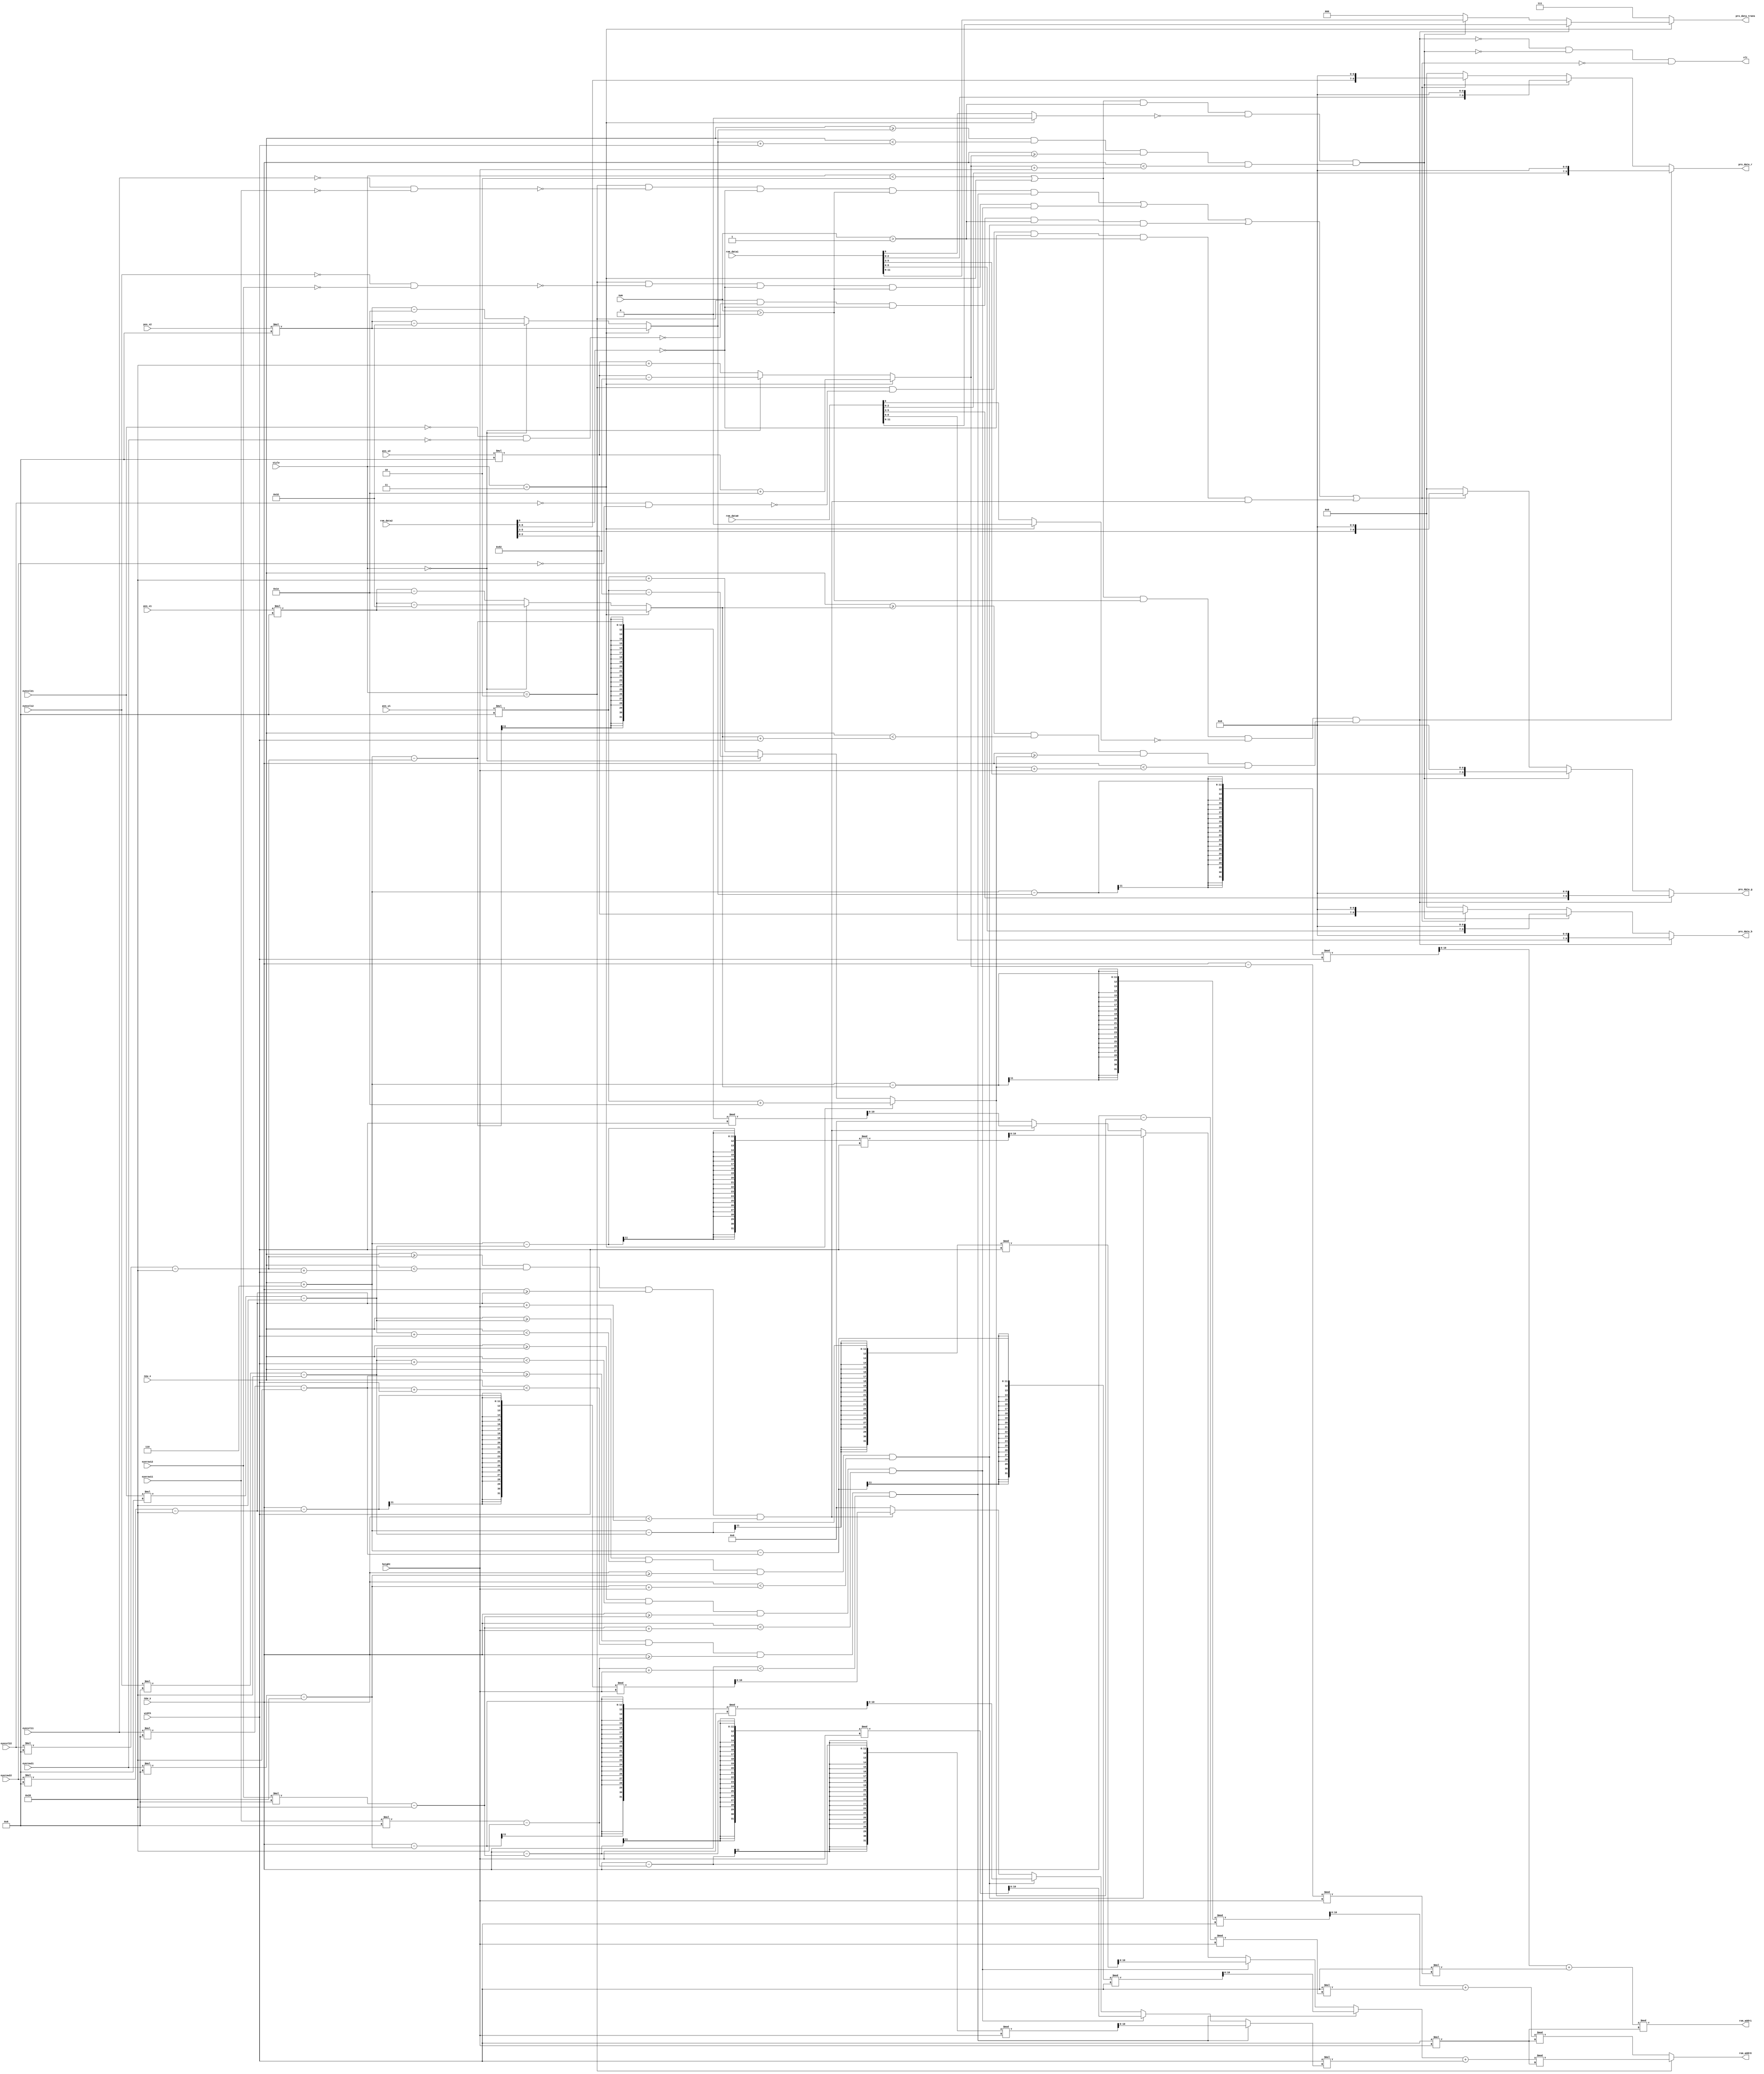
module Filter_tran(
	input		[1:0]		num,
	input		[1:0]		style,
	input 	[6:0]		pos_x1,
	input		[6:0]		pos_y1,
	input		[6:0]		eyerow11,
	input		[6:0]		eyecol11,
	input		[6:0]		eyerow12,
	input		[6:0]		eyecol12,
	input 	[6:0]		pos_x2,
	input		[6:0]		pos_y2,
	input		[6:0]		eyerow21,
	input		[6:0]		eyecol21,
	input		[6:0]		eyerow22,
	input		[6:0]		eyecol22,
	input		[9:0]		width,
	input		[9:0]		height,
	input		[9:0]		now_x,
	input		[9:0]		now_y,
	output	[19:0]	rom_addr0,
	output	[19:0]	rom_addr1,
	input		[11:0]	rom_data0,
	input		[11:0]	rom_data1,
	input		[9:0]	   rom_data2,
	output	[9:0]		pro_data_r,
	output	[9:0]		pro_data_g,
	output	[9:0]		pro_data_b,
	output	[2:0]		pro_data_trans,
	output				slt
);

wire  ft1, ft0, eyeft0, eyeft1, eyeft2, eyeft3, sunft0, sunft1;
wire	bg1, bg0, bg2;
wire	display1, display0;
wire	display_eye0, display_eye1, display_eye2, display_eye3, display_eye;
wire [10:0] real_x1, real_y1, real_x2, real_y2, real_x3, real_y3, real_x4, real_y4;
wire signed [10:0] bias_pos_x1, bias_pos_y1, bias_pos_x2, bias_pos_y2, bias_pos_x3, bias_pos_y3, bias_pos_x4, bias_pos_y4;
wire [10:0] eye_pos_x1, eye_pos_y1, eye_pos_x2, eye_pos_y2, eye_pos_x3, eye_pos_y3, eye_pos_x4, eye_pos_y4;

assign bias_pos_x1 = (style == 2'd3) ? pos_x1 * 8		 : (style == 2'd0) ? pos_x1 * 8 - 50	: pos_x1 * 8 - 30;
assign bias_pos_y1 = (style == 2'd3) ? pos_y1 * 8 + 30 : (style == 2'd0) ? pos_y1 * 8 - 130	: pos_y1 * 8 + 40;
assign bias_pos_x2 = (style == 2'd3) ? pos_x2 * 8		 : (style == 2'd0) ? pos_x2 * 8 - 50	: pos_x2 * 8 - 30;
assign bias_pos_y2 = (style == 2'd3) ? pos_y2 * 8 + 30 : (style == 2'd0) ? pos_y2 * 8 - 130	: pos_y2 * 8 + 40;

assign eye_pos_x1 = eyecol11 * 8 - 40;
assign eye_pos_y1 = eyerow11 * 8 - 40;
assign eye_pos_x2 = eyecol12 * 8 - 40;
assign eye_pos_y2 = eyerow12 * 8 - 40;
assign eye_pos_x3 = eyecol21 * 8 - 40;
assign eye_pos_y3 = eyerow21 * 8 - 40;
assign eye_pos_x4 = eyecol22 * 8 - 40;
assign eye_pos_y4 = eyerow22 * 8 - 40;

assign bg0 = (style == 2'd3) ? 1'b0 : rom_data0[9];
assign bg1 = (style == 2'd3) ? 1'b0 : rom_data1[9];
assign bg2 = rom_data2[9];
 
assign ft0 = (now_x >= bias_pos_x1) && (now_x < bias_pos_x1 + width) && (now_y >= bias_pos_y1) && (now_y < bias_pos_y1 + height);
assign ft1 = (now_x >= bias_pos_x2) && (now_x < bias_pos_x2 + width) && (now_y >= bias_pos_y2) && (now_y < bias_pos_y2 + height);

assign eyeft0 = (now_x >= eye_pos_x1) && (now_x < eye_pos_x1 + width) && (now_y >= eye_pos_y1) && (now_y < eye_pos_y1 + height);
assign eyeft1 = (now_x >= eye_pos_x2) && (now_x < eye_pos_x2 + width) && (now_y >= eye_pos_y2) && (now_y < eye_pos_y2 + height);
assign eyeft2 = (now_x >= eye_pos_x3) && (now_x < eye_pos_x3 + width) && (now_y >= eye_pos_y3) && (now_y < eye_pos_y3 + height);
assign eyeft3 = (now_x >= eye_pos_x4) && (now_x < eye_pos_x4 + width) && (now_y >= eye_pos_y4) && (now_y < eye_pos_y4 + height);

assign display0 = (style < 2'd2 || style == 2'd3) && (num > 0) && (!bg0) && ft0;
assign display1 = (style < 2'd2 || style == 2'd3) && (num > 1) && (!bg1) && ft1;

assign display_eye0 = (style == 2'd2) && !(eyecol11==0 && eyerow11==0) && (!bg2) && (num > 0) && eyeft0;
assign display_eye1 = (style == 2'd2) && !(eyecol12==0 && eyerow12==0) && (!bg2) && (num > 0) && eyeft1;
assign display_eye2 = (style == 2'd2) && !(eyecol21==0 && eyerow21==0) && (!bg2) && (num > 1) && eyeft2;
assign display_eye3 = (style == 2'd2) && !(eyecol22==0 && eyerow22==0) && (!bg2) && (num > 1) && eyeft3;
assign display_eye  = display_eye0 || display_eye1 || display_eye2 || display_eye3;

assign slt = !display0 && !display1 && !display_eye ;


assign real_x1 = (now_x+6 - bias_pos_x1) % width;
assign real_y1 = (now_y - bias_pos_y1) % height;
assign real_x2 = (now_x+6 - bias_pos_x2) % width;
assign real_y2 = (now_y - bias_pos_y2) % height;

assign real_x3 = (eyeft0) ? (now_x+6 - eye_pos_x1) % width : 
					  (eyeft1) ? (now_x+6 - eye_pos_x2) % width : 
					  (eyeft2) ? (now_x+6 - eye_pos_x3) % width : 
					  (eyeft3) ? (now_x+6 - eye_pos_x4) % width : 0;
assign real_y3 = (eyeft0) ? (now_y - eye_pos_y1) % height : 
					  (eyeft1) ? (now_y - eye_pos_y2) % height : 
					  (eyeft2) ? (now_y - eye_pos_y3) % height : 
					  (eyeft3) ? (now_y - eye_pos_y4) % height : 0;


assign rom_addr0 = (style == 2'd2) ? (real_x3 + width*real_y3) % (width*height) : (real_x1 + width*real_y1) % (width*height);
assign rom_addr1 = (real_x2 + width*real_y2) % (width*height);

assign pro_data_r = display0 ? {rom_data0[2:0], 7'b0} : display1 ? {rom_data1[2:0], 7'b0} : display_eye ? {rom_data2[8:6], 7'b0} : 10'd0;
assign pro_data_g = display0 ? {rom_data0[5:3], 7'b0} : display1 ? {rom_data1[5:3], 7'b0} : display_eye ? {rom_data2[5:3], 7'b0} : 10'd0;
assign pro_data_b = display0 ? {rom_data0[8:6], 7'b0} : display1 ? {rom_data1[8:6], 7'b0} : display_eye ? {rom_data2[2:0], 7'b0} : 10'd0;
assign pro_data_trans = (style == 2'd3) ? (display0 ? rom_data0[11:9] : display1 ? rom_data1[11:9] : 3'd0) : 3'd7;

endmodule